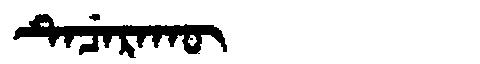
Manchu: ᡨᡝᠴᡝᡵᠠᡴᡡ
Romanization: TECERAKŪ